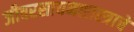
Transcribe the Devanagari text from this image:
जीवरसायनशास्त्राचे